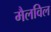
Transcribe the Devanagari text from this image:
मैलविल